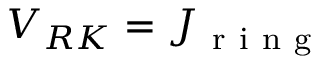
V _ { R K } = J _ { \mathrm { ~ r ~ i ~ n ~ g ~ } }